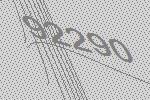
92290